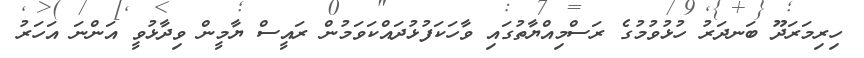
ހިރިމަރަދޫ ބަނދަރު ހުޅުވުމުގެ ރަސްމިއްޔާތުގައި ވާހަކަފުޅުދައްކަވަމުން ރައީސް ޔާމީން ވިދާޅުވީ އަންނަ އަހަރު